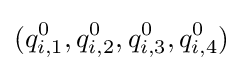
(q_{i,1}^{0},q_{i,2}^{0},q_{i,3}^{0},q_{i,4}^{0})